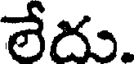
లేదు.